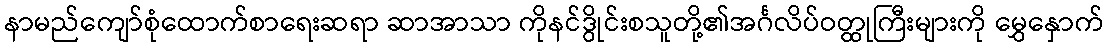
နာမည်ကျော်စုံထောက်စာရေးဆရာ ဆာအာသာ ကိုနင်ဒွိုင်းစသူတို့၏အင်္ဂလိပ်ဝတ္ထုကြီးများကို မွှေနှောက်